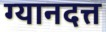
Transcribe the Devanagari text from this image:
ग्यानदत्त